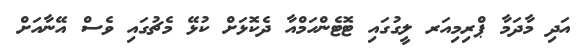
އަދި މާދަމާ ޕްރިމިއަރ ލީގުގައި ޓޮޓެންހަމްއާ ދެކޮޅަށް ކުޅޭ މެޗުގައި ވެސް އޭނާއަށް